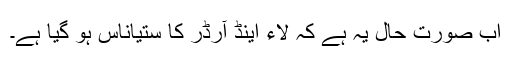
اب صورت حال یہ ہے کہ لاء اینڈ آرڈر کا ستیاناس ہو گیا ہے۔